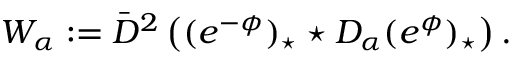
W _ { \alpha } : = \bar { D } ^ { 2 } \left( ( e ^ { - \phi } ) _ { \star } \star D _ { \alpha } ( e ^ { \phi } ) _ { \star } \right) .